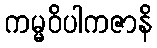
ကမ္မဝိပါကဇာနိ